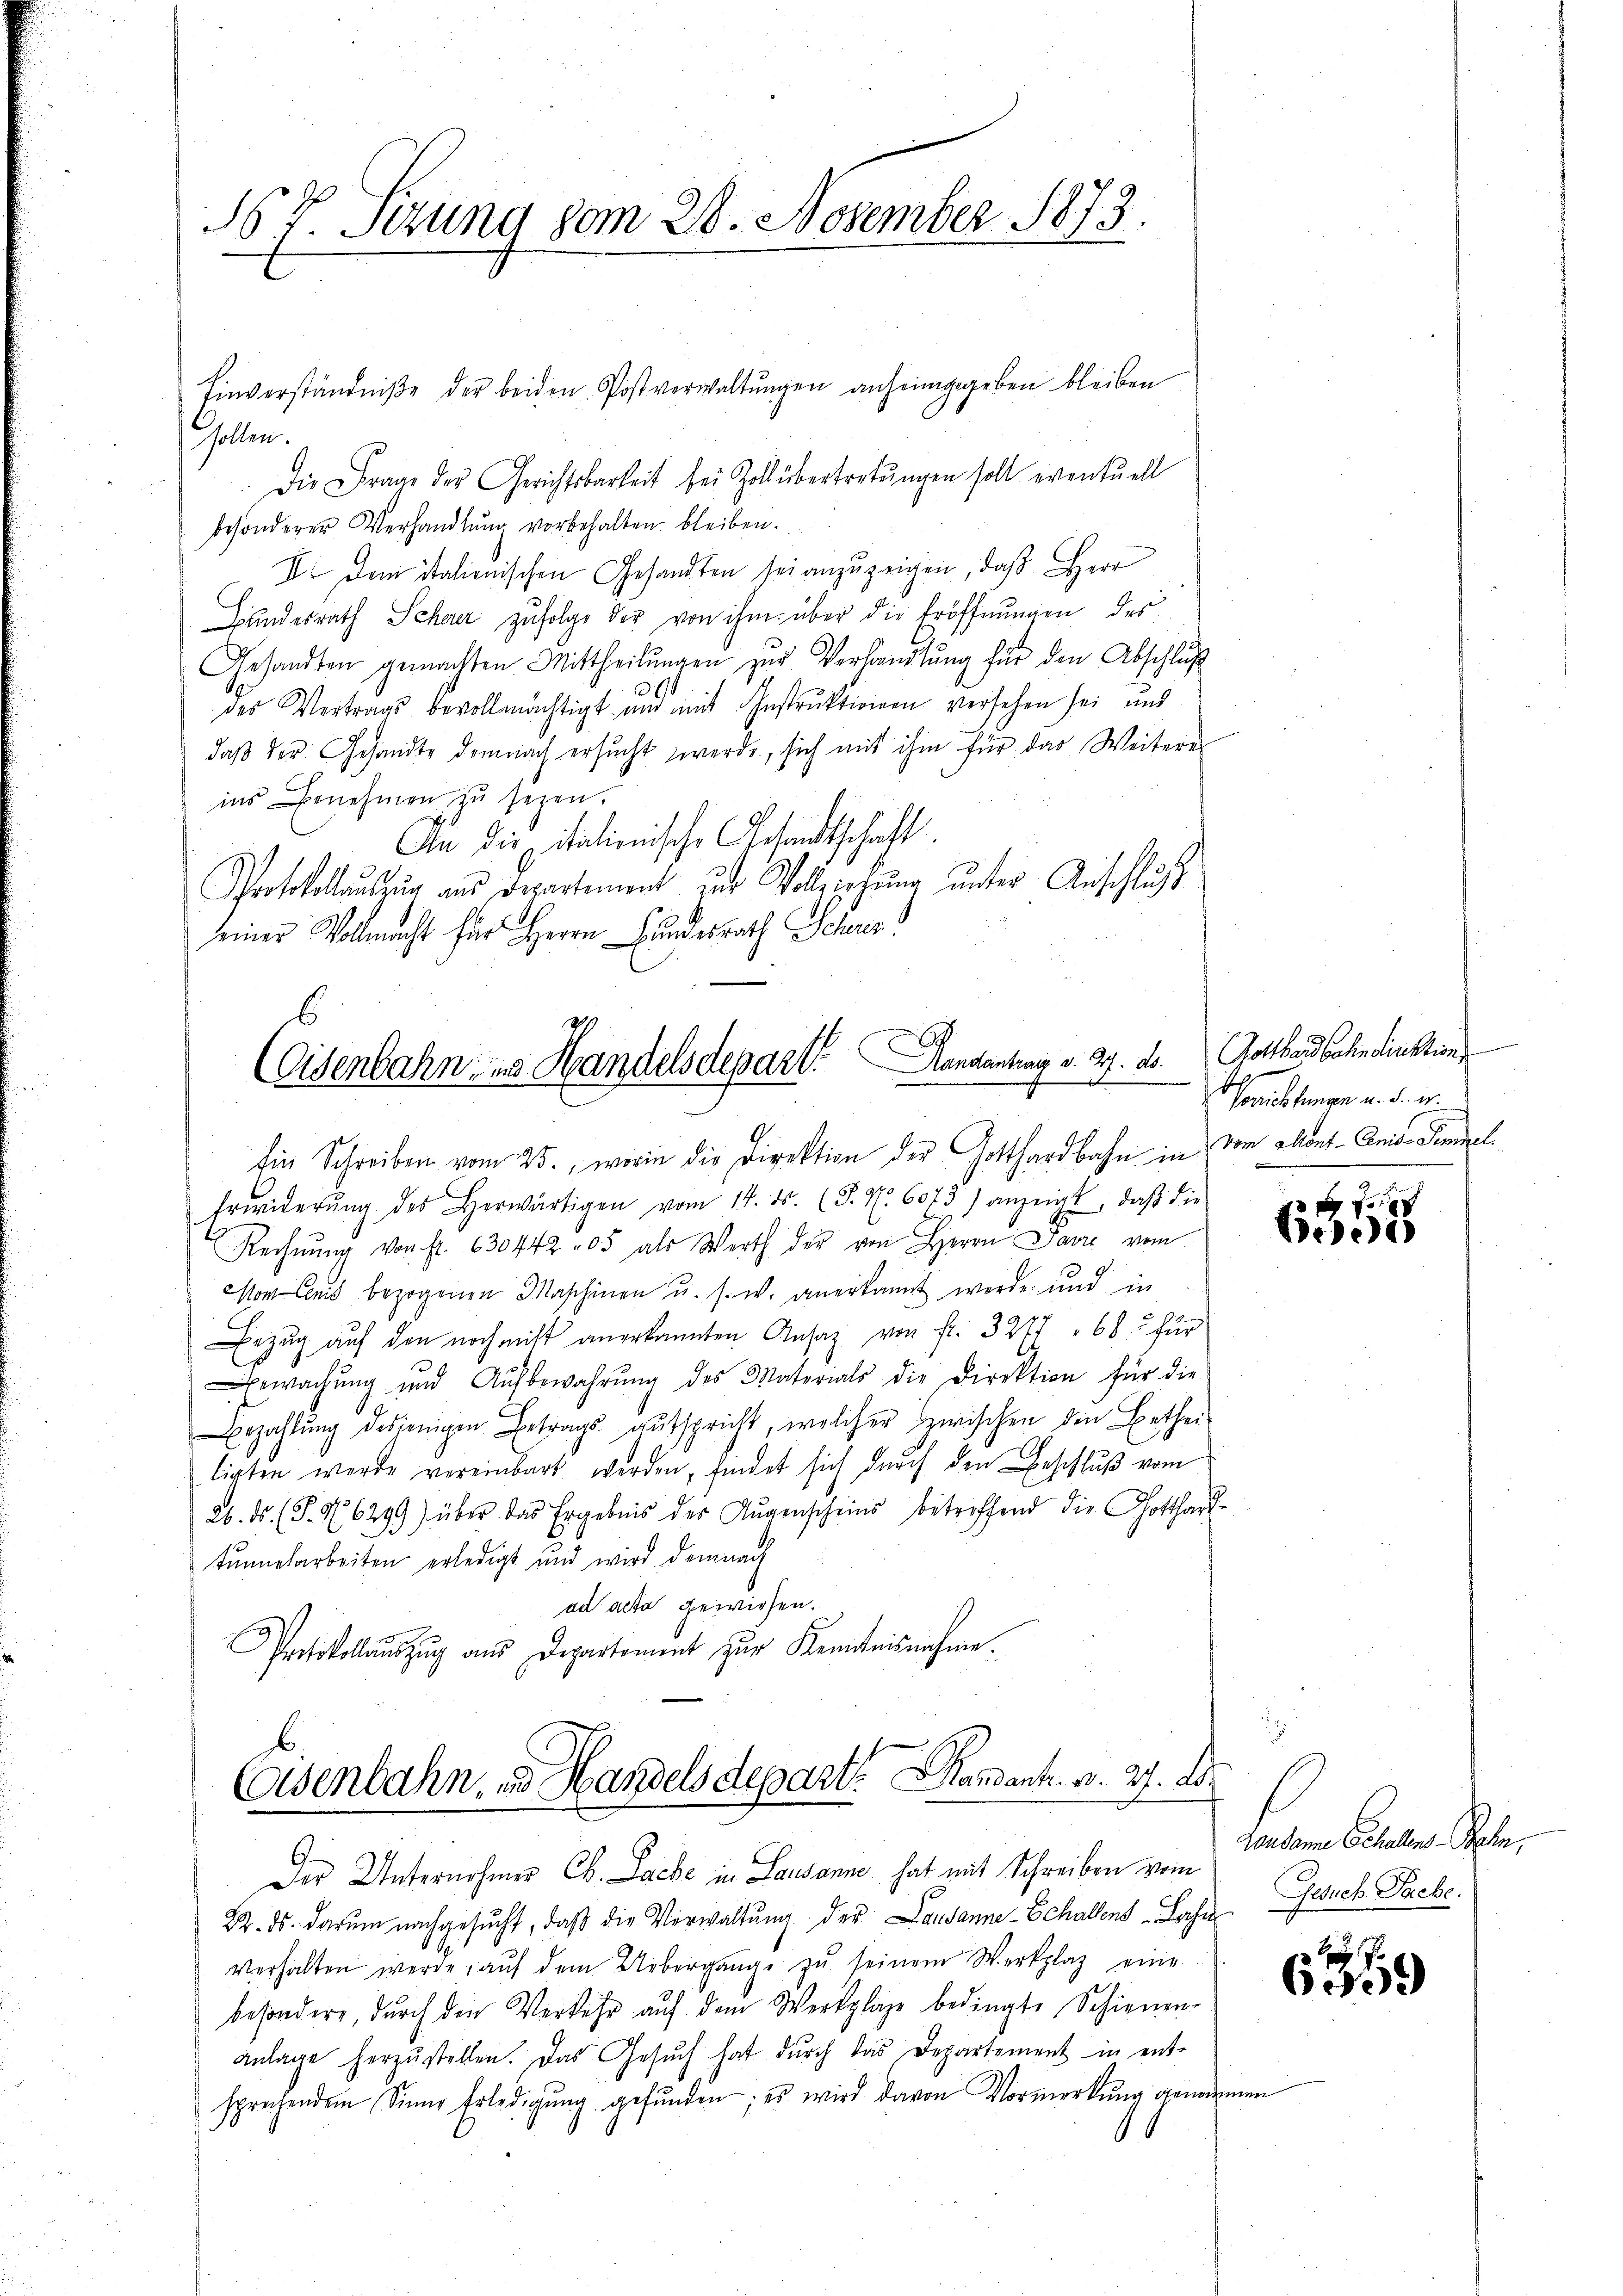
N V. Sizung vom 28. November 1873.

Gollen.
Die Frage der Gerichtsbarkeit bei Zoll übertretungen soll eventuell
besonderer Verhandlŭng vorbehalten bleiben.
V. dem italienischen Gesandten sei anzuzeigen, daß Herr
Bundesrath Scherer zŭfolge der von ihm über die Eröffnungen des
Gesandten gemachten Mittheilŭngen zŭr Verhandlŭng für den Abschluß
.
des Vertrags bevollmächtigt und mit Instruktionen versehen sei und
daβ der Gesandte demnach ersŭcht werde, sich mit ihm für das Weiteres
ins Benehmen zu sezen.
An die italienische Gesandtschaft.
Protokollauszug aus Departement zur Vollziehung unter Anschluß
seiner Vollmacht für Herrn Hundesrath Schwur

Einverständniße der beiden Postverwaltŭngen anheimgegeben bleiben

7
Eisenbahn- und Handelsdepart andantung v. 27. ds.

Ein Schreiben vom 25., worin die Direktion der Gotthardbahn in vom Mont-Anis. Simmel.
Erwiderŭng des Herwärtigen vom 14. ds. (T. N. 6073) anzeigt, daβ die
Rechnŭng von fr. 630442 05 als Werth der von Herrn Pare vom
Monen bezogenen Maschinen u. s. w. anerkannt werde, und in
Bezug auf den noch nicht anerkannten Ansaz von Fr. 3277 " 685 für
ewachŭng und Aŭfbewahrŭng des Materials die Direktion für die
Bezahlŭng desjenigen Betrags ausspricht, welcher zwischen den Betheil
ligten werde vereinbart werden, findet sich durch den Beschluß vom
26. ds. (S. 26299) über das Ergebnis der Augenscheins betreffend die Gotthard-
tŭnnelarbeiten erledigt und wird demnach
ad acta gewiesen.
Protokoll aŭszŭg aŭs Departement zŭr Kenntnisnahme.

Eisenbahn, u. Handelsdepart. Mandant. v. 27. Der
Der Unternohmer Ch. Sache in Lausanne hat mit Schreiben vom

Br. ds. darum nachgesŭcht, daβ die Verwaltŭng der Lausanne-Schallens Lache Gesuch Sache.
verhalten werde, aŭf dem Uebergange zŭ seinem Werkplaz eine
besondere, durch den Verkehr aŭf dem Werkplage bedingte Schienen-
anlage herzŭstellen. Das Gesŭch hat dŭrch das Departement in ent-
sprechendem Sinne Erledigŭng gefŭnden; es wird davon Vormerkŭng genomm
16

Gotthardbahndirektion
Varichtungen u. d. er

beede

Gendame Schallen Sohn,

639